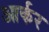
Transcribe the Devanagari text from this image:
आर्कर